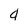
Character: 4